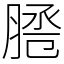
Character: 𦜕